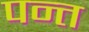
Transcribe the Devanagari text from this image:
पन्‍त